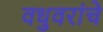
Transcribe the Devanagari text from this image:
वधुवरांचे